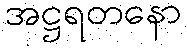
အဋ္ဌရတနော